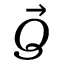
\vec { Q }